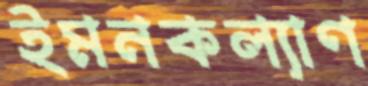
ইমনকল্যাণ